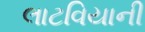
લાટવિયાની